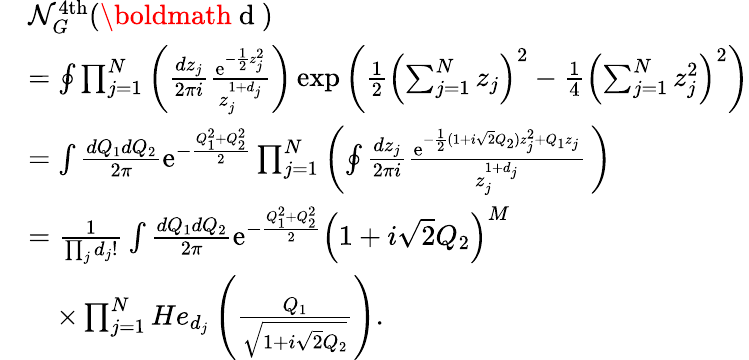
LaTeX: \begin{array}{rl}&{\mathcal{N}_{G}^{\mathrm{4th}}(\mathrm{\boldmath~d~})}\\ &{=\oint\prod_{j=1}^{N}\left(\frac{dz_{j}}{2\pi i}\frac{\mathrm{e}^{-\frac{1}{2}z_{j}^{2}}}{z_{j}^{1+d_{j}}}\right)\exp\left(\frac{1}{2}\left(\sum_{j=1}^{N}z_{j}\right)^{2}-\frac{1}{4}\left(\sum_{j=1}^{N}z_{j}^{2}\right)^{2}\right)}\\ &{=\int\frac{dQ_{1}dQ_{2}}{2\pi}\mathrm{e}^{-\frac{Q_{1}^{2}+Q_{2}^{2}}{2}}\prod_{j=1}^{N}\left(\oint\frac{dz_{j}}{2\pi i}\frac{\mathrm{e}^{-\frac{1}{2}(1+i\sqrt{2}Q_{2})z_{j}^{2}+Q_{1}z_{j}}}{z_{j}^{1+d_{j}}}\, \right)}\\ &{=\frac{1}{\prod_{j}d_{j}!}\int\frac{dQ_{1}dQ_{2}}{2\pi}\mathrm{e}^{-\frac{Q_{1}^{2}+Q_{2}^{2}}{2}}\left(1+i\sqrt{2}Q_{2}\right)^{M}}\\ &{\quad\times\prod_{j=1}^{N}He_{d_{j}}\left(\frac{Q_{1}}{\sqrt{1+i\sqrt{2}Q_{2}}}\right).}\end{array}